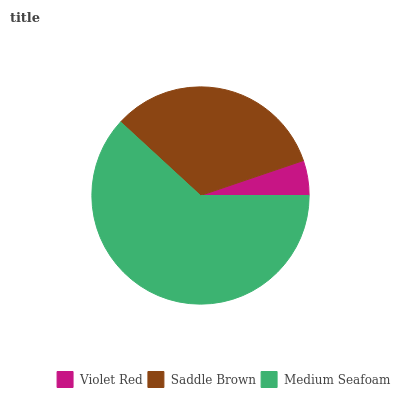
| Violet Red | Saddle Brown | Medium Seafoam |
 | --- | --- | --- |
 | 5.2% | 32.9% | 61.9% |